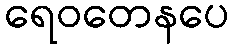
ရေဝတေနပေ